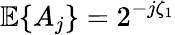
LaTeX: {\mathbb E}\{ A_{j}\} =2^{-j\zeta_{1}}